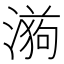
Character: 𭲉